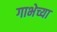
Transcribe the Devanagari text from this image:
गाभेच्या